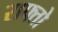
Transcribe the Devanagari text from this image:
राफ्तो